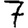
Digit: 7